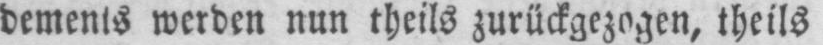
dements werden nun theils zurückgezogen, theils